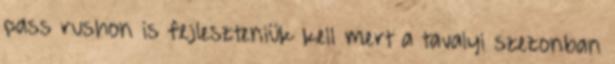
pass rushon is fejleszteniük kell mert a tavalyi szezonban